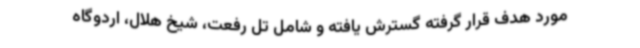
مورد هدف قرار گرفته گسترش یافته و شامل تل رفعت، شیخ هلال، اردوگاه